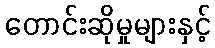
တောင်းဆိုမှုများနှင့်